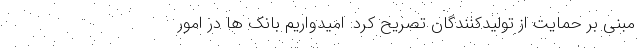
مبنی بر حمایت از تولیدکنندگان تصریح کرد: امیدواریم بانک ها در امور